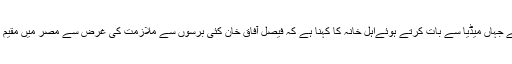
تینوں افراد کی میتوں کو آج لاہور ایئر ہورٹ پہنچا دیا گیا ہے جہاں میڈیا سے بات کرتے ہوئےاہل خانہ کا کہنا ہے کہ فیصل آفاق خان کئی برسوں سے ملازمت کی غرض سے مصر میں مقیم تھے،اہل خانہ نے میتیں تدفین کے لیے اپنے ہمراہ لے گئے۔